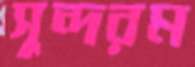
সুন্দরম